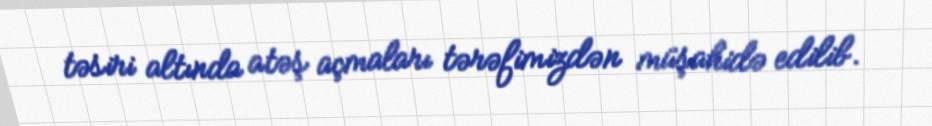
təsiri altında atəş açmaları tərəfimizdən müşahidə edilib.